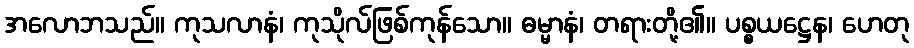
အလောဘသည်။ ကုသလာနံ၊ ကုသိုလ်ဖြစ်ကုန်သော။ ဓမ္မာနံ၊ တရားတို့၏။ ပစ္စယဋ္ဌေန၊ ဟေတု